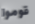
قوموا